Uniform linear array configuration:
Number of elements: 32
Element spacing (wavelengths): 0.25
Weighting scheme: blackman
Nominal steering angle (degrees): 60
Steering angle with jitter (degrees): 59.307
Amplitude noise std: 0.05
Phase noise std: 0.05

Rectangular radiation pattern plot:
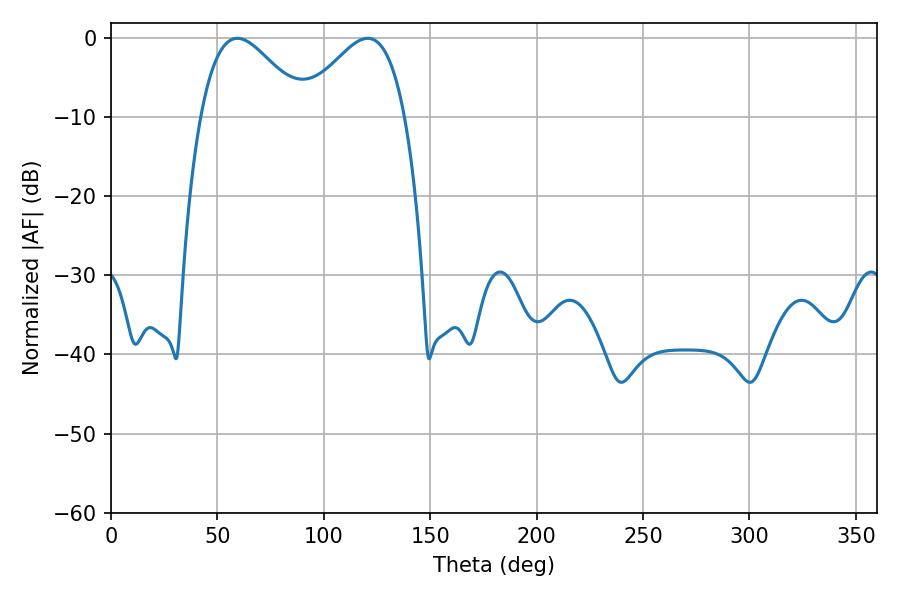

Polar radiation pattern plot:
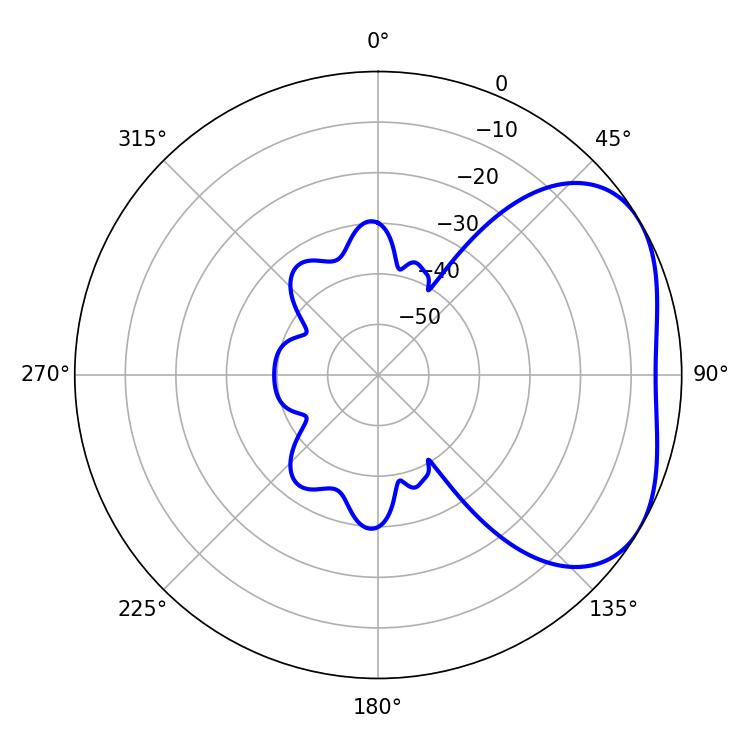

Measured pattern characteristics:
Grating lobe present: FALSE
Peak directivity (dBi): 3.566
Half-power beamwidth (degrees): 26.28
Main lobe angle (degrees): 59.4